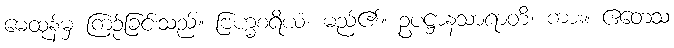
မေထုန်မှ ကြဉ်ခြင်းသည်။ ဗြဟ္မစရိယံ၊ မည်၏။ ဥပဋ္ဌာနသာရာတိ၊ ကား။ ဧတေသံ